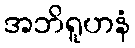
အဘိရူဟနံ